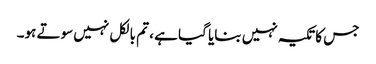
جس کا تکیہ نہیں بنایا گیا ہے ، تم بالکل نہیں سوتے ہو۔